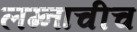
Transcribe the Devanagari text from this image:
लग्नाचीच